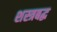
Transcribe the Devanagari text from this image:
शस्त्रबद्ध